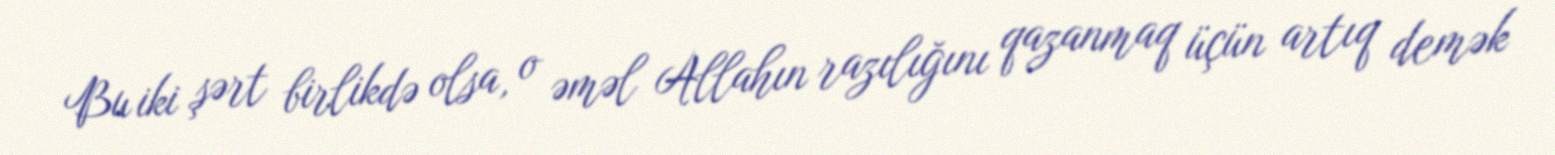
Bu iki şərt birlikdə olsa, o əməl Allahın razılığını qazanmaq üçün artıq demək